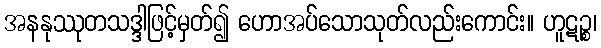
အနနုဿုတသဒ္ဒါဖြင့်မှတ်၍ ဟောအပ်သောသုတ်လည်းကောင်း။ ဟူဋဉ္စ၊